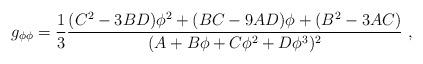
LaTeX: \begin{align*}g_{\phi \phi}= {1 \over 3} {(C^2 - 3 BD) \phi^2 + (BC -9 AD) \phi + (B^2 -3AC) \over (A + B \phi + C \phi^2 + D \phi^3 )^2 }\ ,\end{align*}